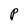
Character: P